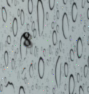
8